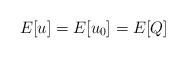
LaTeX: \begin{align*}E[u]=E[u_0]=E[Q]\end{align*}